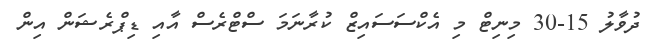
ދުވާލު 15-30 މިނިޓް މި އެކްސަސައިޒް ކުރާނަމަ ސްޓްރެސް އާއި ޑިޕްރެޝަން އިން